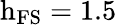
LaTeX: \mathrm{h}_{\mathrm{FS}}=1.5